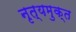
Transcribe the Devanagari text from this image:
नृत्यमुक्त